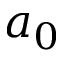
a _ { 0 }